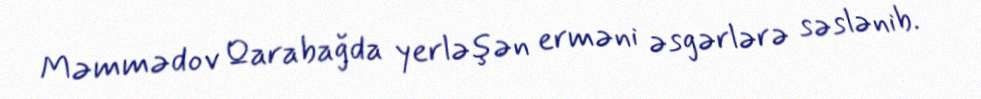
Məmmədov Qarabağda yerləşən erməni əsgərlərə səslənib.